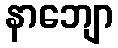
နာဘျော